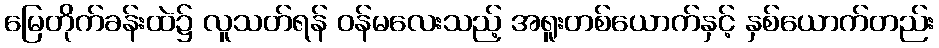
မြေတိုက်ခန်းထဲ၌ လူသတ်ရန် ဝန်မလေးသည့် အရူးတစ်ယောက်နှင့် နှစ်ယောက်တည်း